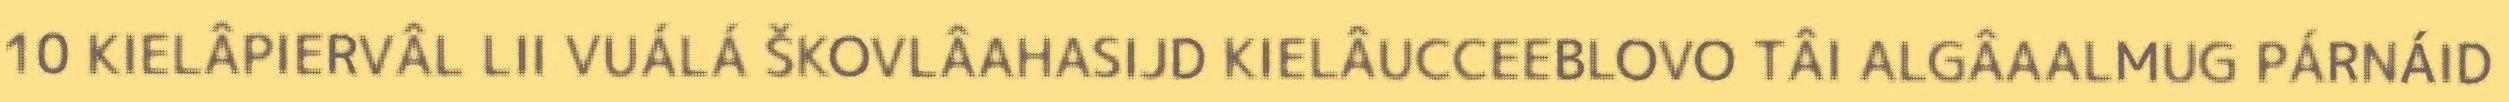
10 KIELÂPIERVÂL LII VUÁLÁ ŠKOVLÂAHASIJD KIELÂUCCEEBLOVO TÂI ALGÂAALMUG PÁRNÁID